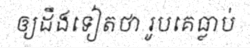
ឲ្យដឹងទៀតថា រូបគេធ្លាប់